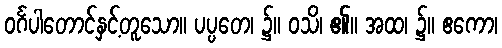
ဝင်္ဂပါတောင်နှင့်တူသော။ ပပ္ပတေ၊ ၌။ ဝသိ၊ ၏။ အထ၊ ၌။ ဧကော၊